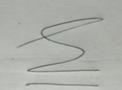
Signature authenticity: genuine